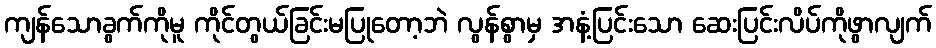
ကျန်သောခွက်ကိုမူ ကိုင်တွယ်ခြင်းမပြုတော့ဘဲ လွန်စွာမှ အနံ့ပြင်းသော ဆေးပြင်းလိပ်ကိုဖွာလျက်